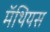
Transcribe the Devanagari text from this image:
मॅथियस